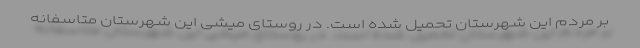
بر مردم این شهرستان تحمیل شده است. در روستای میشی این شهرستان متاسفانه